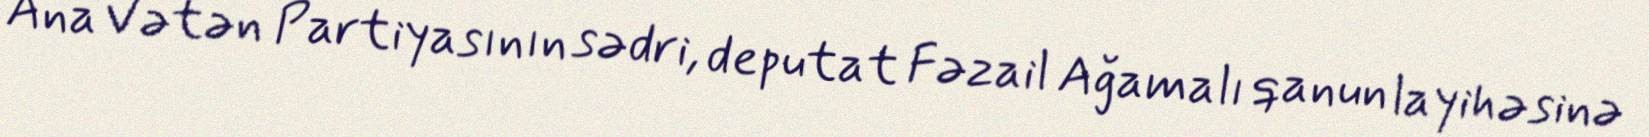
Ana Vətən Partiyasının sədri, deputat Fəzail Ağamalı qanun layihəsinə